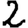
Digit: 2